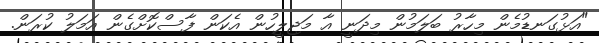
"އަޅުގަނޑުމެން މިހާރު ބަލަމުން މިދަނީ އާ މަޖިލީހުން އެކަން ފާސްކޮށްގެން އަމަލު ކުރަން.